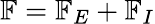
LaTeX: \mathbb{F}=\mathbb{F}_{E}+\mathbb{F}_{I}